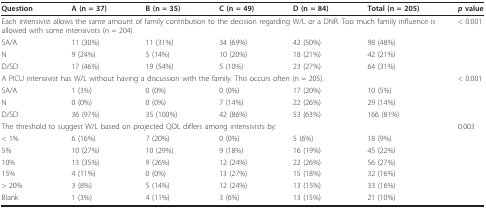
| Question | A (n = 37) | B (n = 35) | C (n = 49) | D (n = 84) | Total (n = 205) | p value |
 | --- | --- | --- | --- | --- | --- | --- |
 | <COLSPAN=6> Each intensivist allows the same amount of family contribution to the decision regarding W/L or a DNR. Too much family influence is allowed with some intensivists (n = 204). | < 0.001 |
 | SA/A | 11 (30%) | 11 (31%) | 34 (69%) | 42 (50%) | 98 (48%) |  |
 | N | 9 (24%) | 5 (14%) | 10 (20%) | 18 (21%) | 42 (21%) |  |
 | D/SD | 17 (46%) | 19 (54%) | 5 (10%) | 23 (27%) | 64 (31%) |  |
 | <COLSPAN=6> A PICU intensivist has W/L without having a discussion with the family. This occurs often (n = 205). | < 0.001 |
 | SA/A | 1 (3%) | 0 (0%) | 0 (0%) | 17 (20%) | 10 (5%) |  |
 | N | 0 (0%) | 0 (0%) | 7 (14%) | 22 (26%) | 29 (14%) |  |
 | D/SD | 36 (97%) | 35 (100%) | 42 (86%) | 53 (63%) | 166 (81%) |  |
 | <COLSPAN=6> The threshold to suggest W/L based on projected QOL differs among intensivists by: | 0.003 |
 | < 1% | 6 (16%) | 7 (20%) | 0 (0%) | 5 (6%) | 18 (9%) |  |
 | 5% | 10 (27%) | 10 (29%) | 9 (18%) | 16 (19%) | 45 (22%) |  |
 | 10% | 13 (35%) | 9 (26%) | 12 (24%) | 22 (26%) | 56 (27%) |  |
 | 15% | 4 (11%) | 0 (0%) | 13 (27%) | 15 (18%) | 32 (16%) |  |
 | > 20% | 3 (8%) | 5 (14%) | 12 (24%) | 13 (15%) | 33 (16%) |  |
 | Blank | 1 (3%) | 4 (11%) | 3 (6%) | 13 (15%) | 21 (10%) |  |